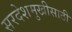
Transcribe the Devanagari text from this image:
सरदेशमुखीसाठी